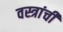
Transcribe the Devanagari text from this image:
वस्त्रांचीं